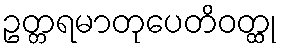
ဥတ္တရမာတုပေတိဝတ္ထု